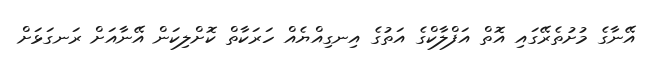
އޭނާގެ މުށުތެރޭގައި އޮތް އަފްލާކްގެ އަތުގެ އިނގިއްޔެއް ހަރަކާތް ކޮށްލިކަން އޭނާއަށް ރަނގަޅަށް